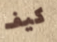
كيف